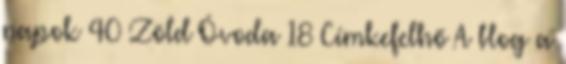
napok 40 Zöld Óvoda 18 Címkefelhő A blog a